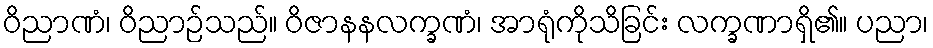
ဝိညာဏံ၊ ဝိညာဉ်သည်။ ဝိဇာနနလက္ခဏံ၊ အာရုံကိုသိခြင်း လက္ခဏာရှိ၏။ ပညာ၊